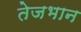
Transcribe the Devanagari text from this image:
तेजभान